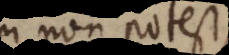
fieri non potest,